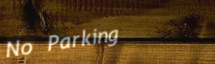
No Parking